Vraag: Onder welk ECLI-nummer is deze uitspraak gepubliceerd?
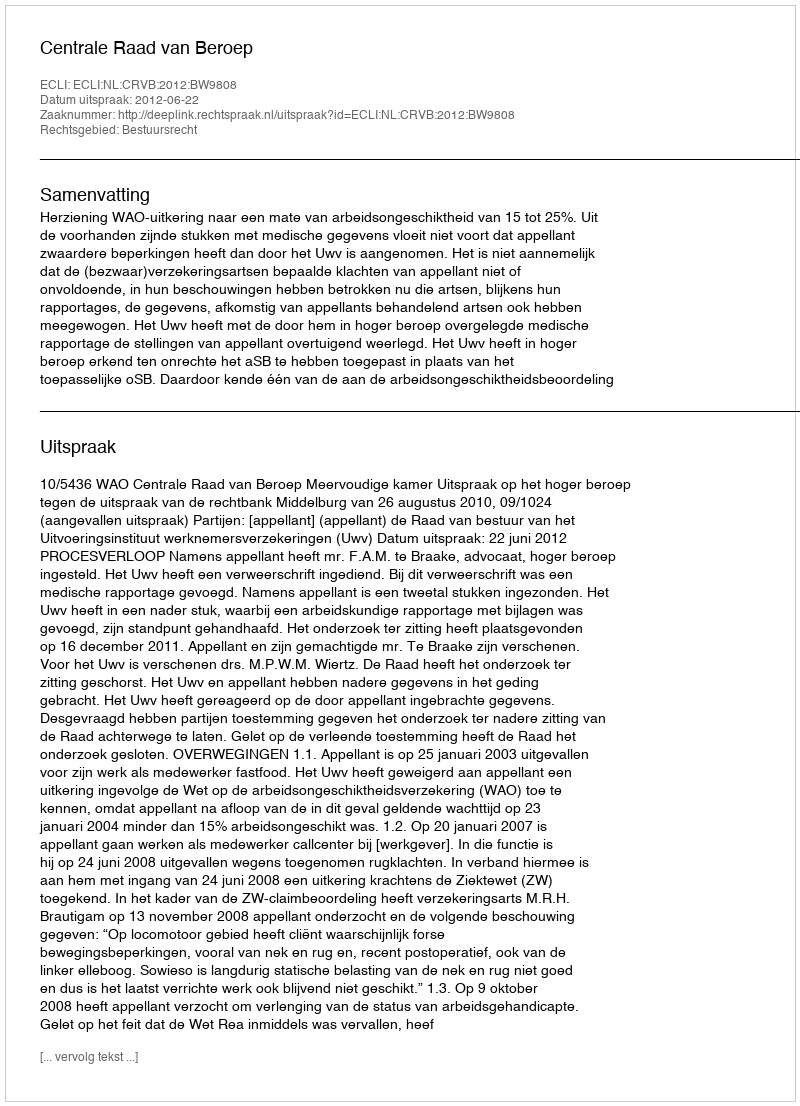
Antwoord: ECLI:NL:CRVB:2012:BW9808